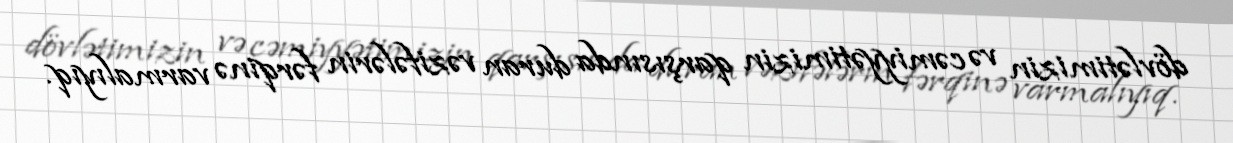
dövlətimizin və cəmiyyətimizin qarşısında duran vəzifələrin fərqinə varmalıyıq.